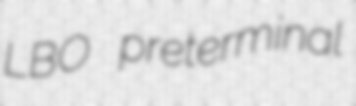
LBO preterminal